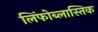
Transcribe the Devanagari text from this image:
लिंफोब्लास्तिक